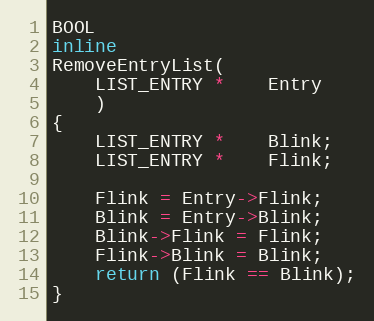
Language: C
BOOL
inline
RemoveEntryList(
    LIST_ENTRY *    Entry
    )
{
    LIST_ENTRY *    Blink;
    LIST_ENTRY *    Flink;

    Flink = Entry->Flink;
    Blink = Entry->Blink;
    Blink->Flink = Flink;
    Flink->Blink = Blink;
    return (Flink == Blink);
}